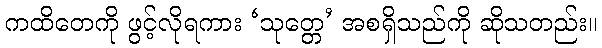
ကထိတေကို ဖွင့်လိုရကား ‘သုတ္တေ’ အစရှိသည်ကို ဆိုသတည်း။